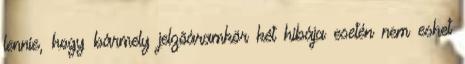
lennie, hogy bármely jelzõáramkör két hibája esetén nem eshet